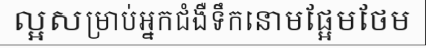
ល្អសម្រាប់អ្នកជំងឺទឹកនោមផ្អែមថែម